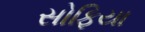
સોફિયા